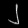
Digit: ၂